Annual report of the Punjab Veterinary College and of the Civil Veterinary Department, Punjab - 1926-1932
Year: 1926
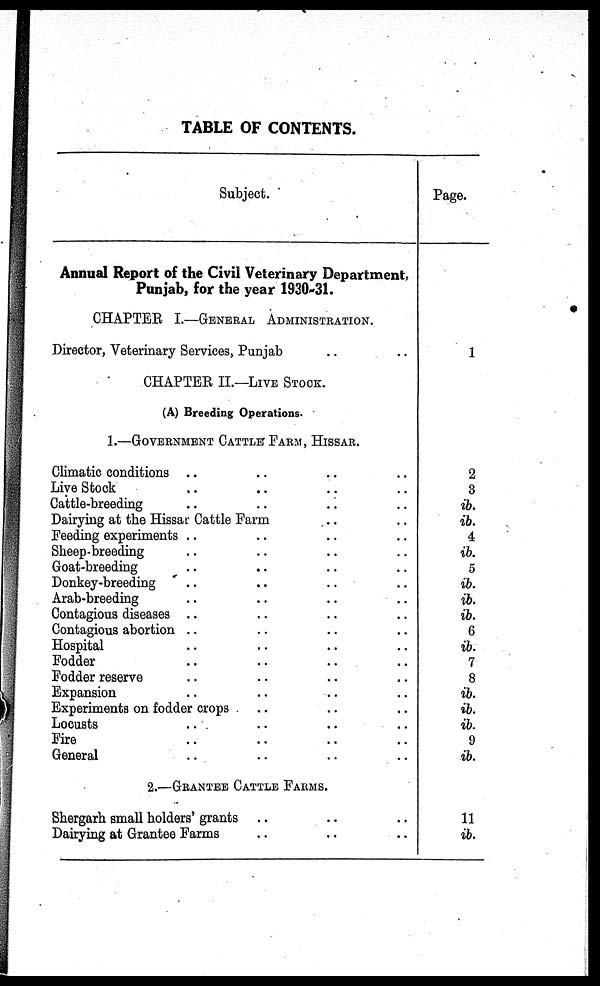
TABLE OF CONTENTS.
Subject.
Annual Report of the Civil Veterinary Department,
Punjab, for the year 1930-31.
CHAPTER I.—GENARAL ADMINISTRATION.
Director, Veterinary Services, Punjab .. ..
CHAPTER II.—LIVE STOCK.
(A) Breeding Operations.
1.—GOVERNMENT CATTLE FARM, HISSAR.
Climatic conditions .. .. .. ..
Live Stock .. .. .. ..
Cattle-breeding .. .. .. ..
Dairying at the Hissar Cattle Farm .. ..
Feeding experiments .. .. .. ..
Sheep-breeding .. .. .. ..
Goat-breeding .. .. .. ..
Donkey-breeding .. .. .. ..
Arab-breeding .. .. .. ..
Contagious diseases .. .. .. ..
Contagious abortion .. .. .. ..
Hospital .. .. .. ..
Fodder .. .. .. ..
Fodder reserve .. .. .. ..
Expansion .. .. .. ..
Experiments on fodder crops .. .. ..
Locusts .. .. .. ..
Fire .. .. .. ..
General .. .. .. ..
2.— GRANTEE CATTLE FARMS.
Shergarh small holders' grants .. .. ..
Dairying at Grantee Farms .. .. ..
Page.
1
2
3
ib.
ib.
4
ib.
5
ib.
ib.
ib.
6
ib.
7
8
ib.
ib.
ib.
9
ib.
11
ib.